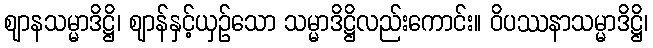
ဈာနသမ္မာဒိဋ္ဌိ၊ ဈာန်နှင့်ယှဉ်သော သမ္မာဒိဋ္ဌိလည်းကောင်း။ ဝိပဿနာသမ္မာဒိဋ္ဌိ၊